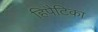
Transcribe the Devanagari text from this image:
हिपैटिका